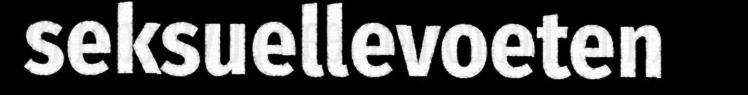
seksuellevoeten